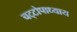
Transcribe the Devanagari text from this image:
चट्‌टोपाध्याय